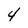
Character: 4